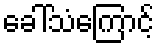
ခေါ်သံကြောင့်